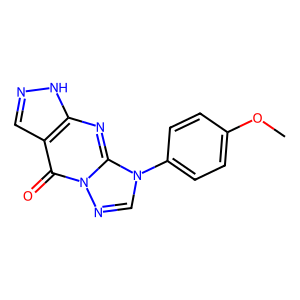
SMILES: COc1ccc(-n2cnn3c(=O)c4cn[nH]c4nc23)cc1
Inhibits HIV replication: No